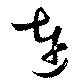
連